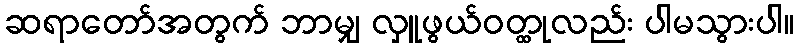
ဆရာတော်အတွက် ဘာမျှ လှူဖွယ်ဝတ္ထုလည်း ပါမသွားပါ။